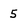
Character: 5